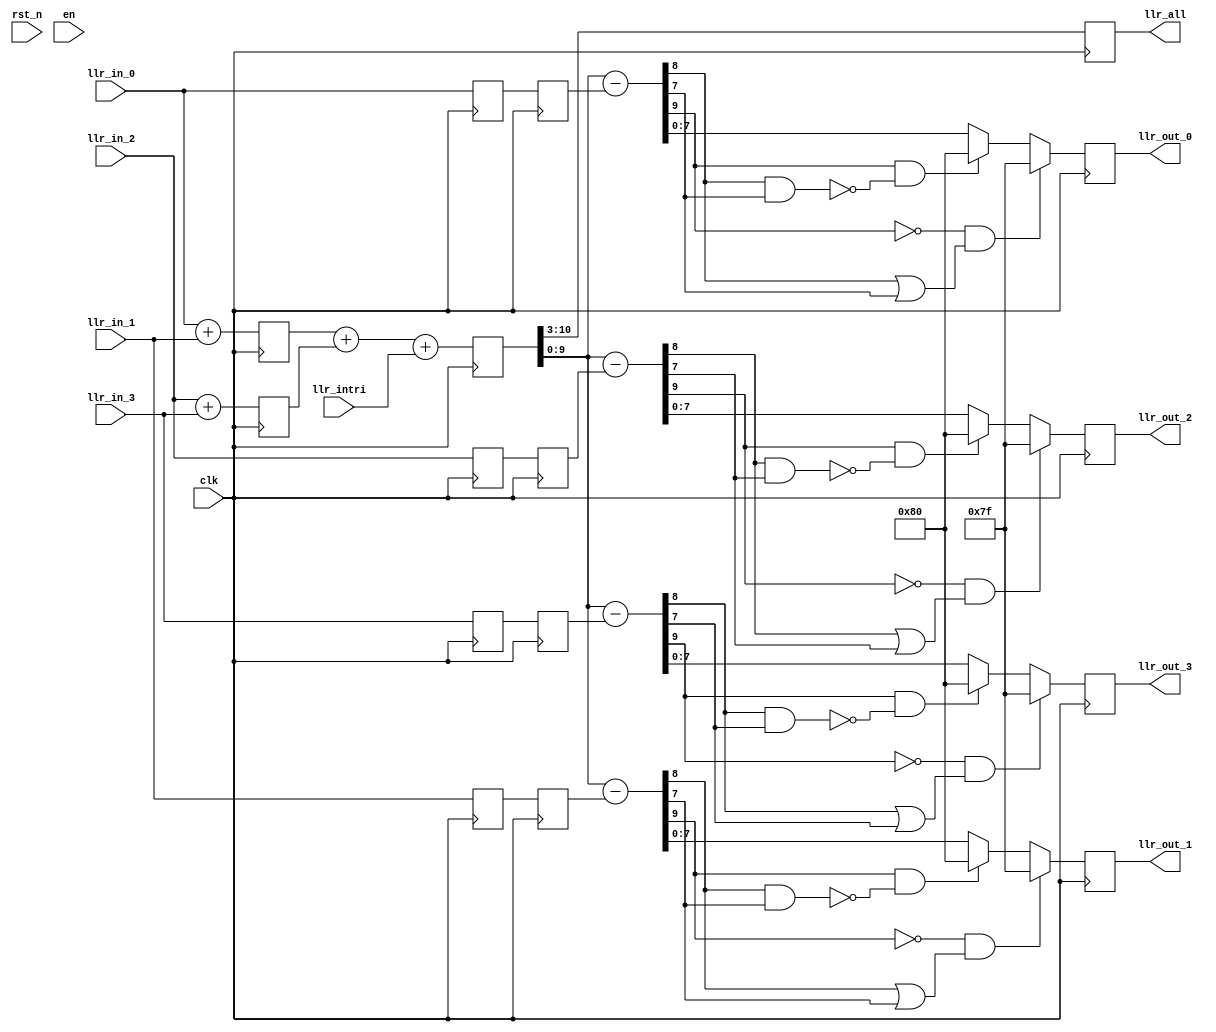
// =============================================================================
// @File         :  ldpc_vpu.v
// @Author       :  Jiangxuan Li
// @Created      :  2022/1/10 16:49:09
// @Description  :  4x24 ldpc vpu
// 
// -----------------------------------------------------------------------------
// History
// -----------------------------------------------------------------------------
// Ver  :| Author  :| Mod. Date          :| Changes Made :|
// 0.1   | Jx L     | 2022/1/10 16:49:09 | original
// =============================================================================

module ldpc_vpu #(
    parameter COL_WEIGHT = 4,   // col weight in H matrix, use 6 in this doubly-code
    parameter LLR_WIDTH  = 8,   // LLR value width, by default using 8 bit 
    parameter VN_STAGE   = 2
)(
    input clk,
    input rst_n,
    input en,

    input [LLR_WIDTH-1:0] llr_intri, // intrinsic message

    input [LLR_WIDTH-1:0] llr_in_0,
    input [LLR_WIDTH-1:0] llr_in_1, //! 
    input [LLR_WIDTH-1:0] llr_in_2,
    input [LLR_WIDTH-1:0] llr_in_3,

    output reg [LLR_WIDTH-1:0] llr_out_0,
    output reg [LLR_WIDTH-1:0] llr_out_1,
    output reg [LLR_WIDTH-1:0] llr_out_2,
    output reg [LLR_WIDTH-1:0] llr_out_3,

    output reg [LLR_WIDTH-1:0] llr_all
);

genvar i;

// =============================================================================
//                           VN_STAGE 
// =============================================================================
reg [LLR_WIDTH-1:0] reg_llr_in_0 [VN_STAGE-1:0];
reg [LLR_WIDTH-1:0] reg_llr_in_1 [VN_STAGE-1:0];
reg [LLR_WIDTH-1:0] reg_llr_in_2 [VN_STAGE-1:0];
reg [LLR_WIDTH-1:0] reg_llr_in_3 [VN_STAGE-1:0];

always @(posedge clk) begin
	reg_llr_in_0[0] <= llr_in_0;
	reg_llr_in_1[0] <= llr_in_1;
	reg_llr_in_2[0] <= llr_in_2;
	reg_llr_in_3[0] <= llr_in_3;
end

generate
    for ( i = 1; i < VN_STAGE; i = i + 1 ) begin : reg_llr_in
        always @(posedge clk) begin
            reg_llr_in_0[i] <= reg_llr_in_0[i-1];
            reg_llr_in_1[i] <= reg_llr_in_1[i-1];
            reg_llr_in_2[i] <= reg_llr_in_2[i-1];
            reg_llr_in_3[i] <= reg_llr_in_3[i-1];
        end
    end
endgenerate

// =============================================================================
//                          
// 2022/1/10 17:29:12
// 		
// 		
// =============================================================================

wire signed [LLR_WIDTH:0] sum_0_1;
wire signed [LLR_WIDTH:0] sum_2_3;
reg [LLR_WIDTH:0] reg_sum_01;
reg [LLR_WIDTH:0] reg_sum_23;

assign sum_0_1 = $signed(llr_in_0) + $signed(llr_in_1);
assign sum_2_3 = $signed(llr_in_2) + $signed(llr_in_3);

always @(posedge clk) begin
	reg_sum_01 <= sum_0_1;
	reg_sum_23 <= sum_2_3;
end

// ---  intrinsic message
// reg_sum_2nd  llr_all

wire signed [LLR_WIDTH+2:0] sum_2nd;
reg [LLR_WIDTH+2:0] reg_sum_2nd;
assign sum_2nd = $signed(reg_sum_01) + $signed(reg_sum_23) + $signed(llr_intri);

always @(posedge clk) begin
	reg_sum_2nd <= sum_2nd;
end

// --- 
wire [LLR_WIDTH-1:0] reg_ok_llr_0 = reg_llr_in_0[VN_STAGE-1];
wire [LLR_WIDTH-1:0] reg_ok_llr_1 = reg_llr_in_1[VN_STAGE-1];
wire [LLR_WIDTH-1:0] reg_ok_llr_2 = reg_llr_in_2[VN_STAGE-1];
wire [LLR_WIDTH-1:0] reg_ok_llr_3 = reg_llr_in_3[VN_STAGE-1];

wire signed [LLR_WIDTH+1:0] llr_out_0_pre = $signed(reg_sum_2nd) - $signed(reg_ok_llr_0);
wire signed [LLR_WIDTH+1:0] llr_out_1_pre = $signed(reg_sum_2nd) - $signed(reg_ok_llr_1);
wire signed [LLR_WIDTH+1:0] llr_out_2_pre = $signed(reg_sum_2nd) - $signed(reg_ok_llr_2);
wire signed [LLR_WIDTH+1:0] llr_out_3_pre = $signed(reg_sum_2nd) - $signed(reg_ok_llr_3);

// =============================================================================
//                          
// 2022/1/10 19:26:12
// 		 S-M 
// =============================================================================

always @(posedge clk) begin
	if (~llr_out_0_pre[LLR_WIDTH+1] & (llr_out_0_pre[LLR_WIDTH] | llr_out_0_pre[LLR_WIDTH-1])) // + overflow
		llr_out_0 <= {1'b0, {(LLR_WIDTH-1){1'b1}}};
	else if (llr_out_0_pre[LLR_WIDTH+1] & ~(llr_out_0_pre[LLR_WIDTH] & llr_out_0_pre[LLR_WIDTH-1])) // - overflow
		llr_out_0 <= {1'b1, {(LLR_WIDTH-1){1'b0}}};
	else
		llr_out_0 <= llr_out_0_pre[LLR_WIDTH-1:0];
end

always @(posedge clk) begin
	if (~llr_out_1_pre[LLR_WIDTH+1] & (llr_out_1_pre[LLR_WIDTH] | llr_out_1_pre[LLR_WIDTH-1])) // + overflow
		llr_out_1 <= {1'b0, {(LLR_WIDTH-1){1'b1}}};
	else if (llr_out_1_pre[LLR_WIDTH+1] & ~(llr_out_1_pre[LLR_WIDTH] & llr_out_1_pre[LLR_WIDTH-1])) // - overflow
		llr_out_1 <= {1'b1, {(LLR_WIDTH-1){1'b0}}};
	else
		llr_out_1 <= llr_out_1_pre[LLR_WIDTH-1:0];
end

always @(posedge clk) begin
	if (~llr_out_2_pre[LLR_WIDTH+1] & (llr_out_2_pre[LLR_WIDTH] | llr_out_2_pre[LLR_WIDTH-1])) // + overflow
		llr_out_2 <= {1'b0, {(LLR_WIDTH-1){1'b1}}};
	else if (llr_out_2_pre[LLR_WIDTH+1] & ~(llr_out_2_pre[LLR_WIDTH] & llr_out_2_pre[LLR_WIDTH-1])) // - overflow
		llr_out_2 <= {1'b1, {(LLR_WIDTH-1){1'b0}}};
	else
		llr_out_2 <= llr_out_2_pre[LLR_WIDTH-1:0];
end

always @(posedge clk) begin
	if (~llr_out_3_pre[LLR_WIDTH+1] & (llr_out_3_pre[LLR_WIDTH] | llr_out_3_pre[LLR_WIDTH-1])) // + overflow
		llr_out_3 <= {1'b0, {(LLR_WIDTH-1){1'b1}}};
	else if (llr_out_3_pre[LLR_WIDTH+1] & ~(llr_out_3_pre[LLR_WIDTH] & llr_out_3_pre[LLR_WIDTH-1])) // - overflow
		llr_out_3 <= {1'b1, {(LLR_WIDTH-1){1'b0}}};
	else
		llr_out_3 <= llr_out_3_pre[LLR_WIDTH-1:0];
end

// llr_all
always @(posedge clk) begin
	// if (~reg_sum_2nd[LLR_WIDTH+1] & reg_sum_2nd[LLR_WIDTH]) // + overflow
	// 	llr_all <= {1'b0, {(LLR_WIDTH-1){1'b1}}};
	// else if (reg_sum_2nd[LLR_WIDTH+1] & ~reg_sum_2nd[LLR_WIDTH]) // - overflow
	// 	llr_all <= {1'b1, {(LLR_WIDTH-1){1'b0}}};
	// else
	llr_all <= reg_sum_2nd[LLR_WIDTH+2:3];
end

endmodule